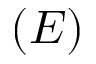
( E )